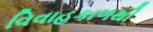
વિવાહકાળથી